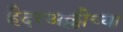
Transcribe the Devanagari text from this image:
हैदरअल्लीच्या